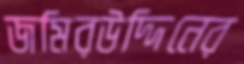
জমিরউদ্দিনের